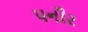
પનીર